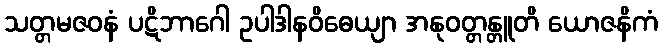
သတ္တမဇဝနံ ပဋိဘာဂေါ ဥပါဒါနဝိဓေယျာ အနုဝတ္တန္တူတိ ယောဇနိကံ